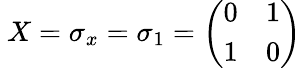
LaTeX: \ X=\sigma_{x}=\sigma_{1}=\left(\begin{array}{ll}{0}&{1}\\ {1}&{0}\end{array}\right)